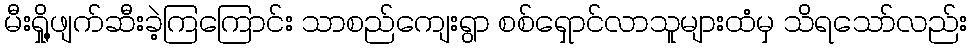
မီးရှို့ဖျက်ဆီးခဲ့ကြကြောင်း သာစည်ကျေးရွာ စစ်ရှောင်လာသူများထံမှ သိရသော်လည်း